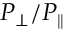
{ P _ { \bot } } / { P _ { \parallel } }